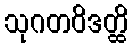
သုဂတဝိဒတ္ထိ